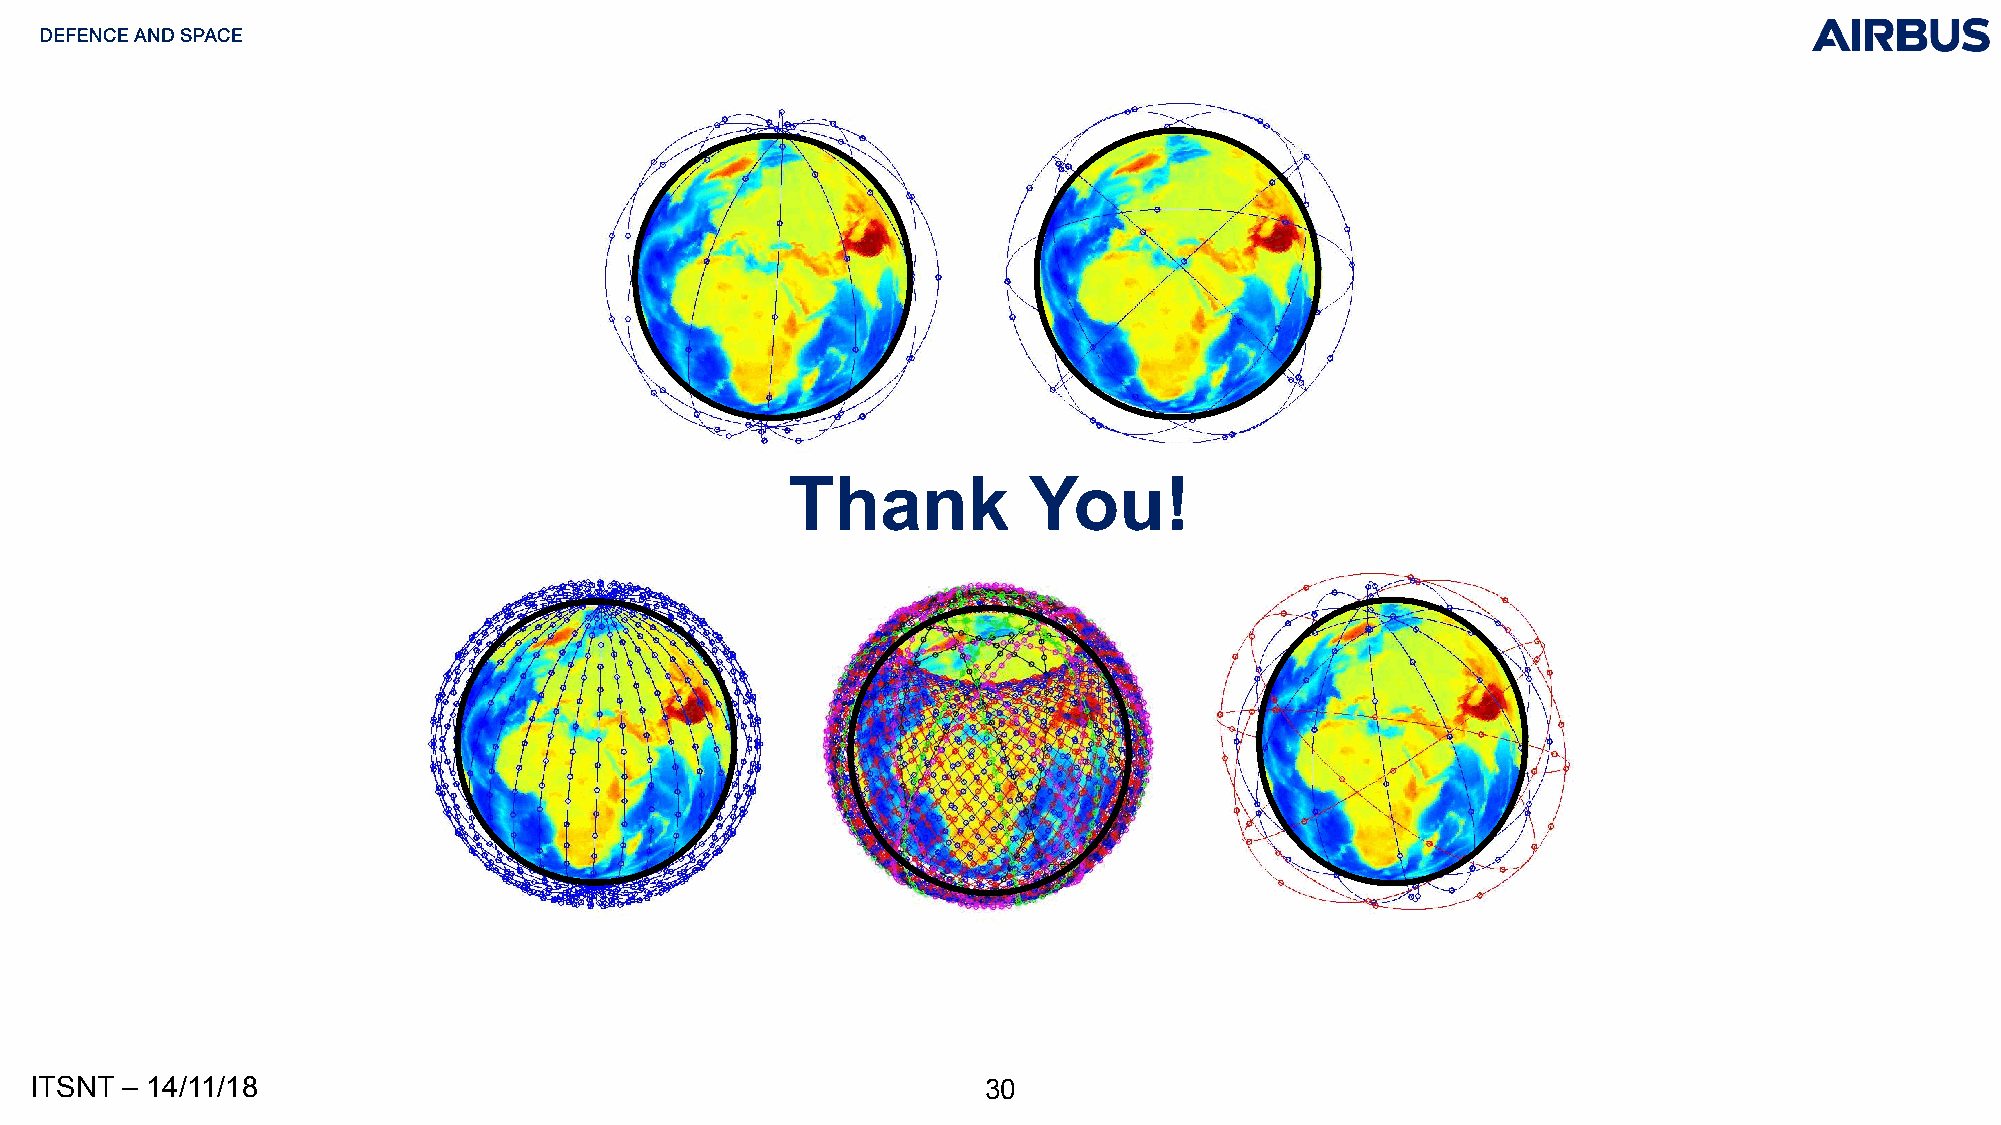
Thank           You!
 ITSNT – 14/11/18                                               30